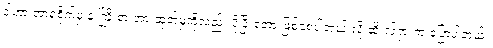
ဒါဟာ အာရုံစိုက်မှု နဲ့ ကြိုးစားအားထုတ်မှုကိုလည်း ပိုပြီးတော့ ဖြစ်စေပါတယ် လို့ ဆိုးလ်ရှားက ပြောပါတယ်။